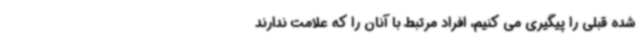
شده قبلی را پیگیری می کنیم، افراد مرتبط با آنان را که علامت ندارند